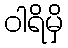
ဝါရိမှိ